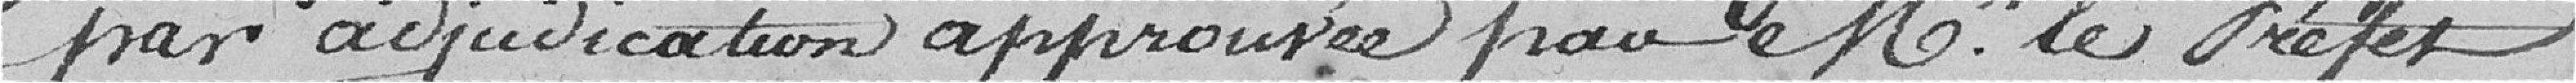
par adjudication approuvée par M. le Préfet